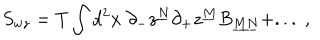
LaTeX: S _ { w z } = T \int d ^ { 2 } x \; \partial _ { - } z ^ { \underline { { { N } } } } \partial _ { + } z ^ { \underline { { { M } } } } B _ { \underline { { { M N } } } } + . . . \; ,